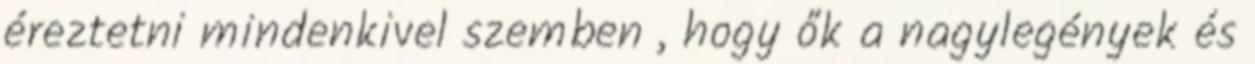
éreztetni mindenkivel szemben , hogy ők a nagylegények és